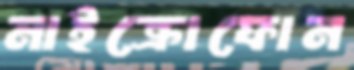
মাইক্রোফোন